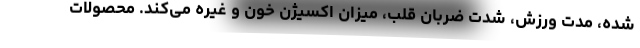
شده، مدت ورزش، شدت ضربان قلب، میزان اکسیژن خون و غیره می‌کند. محصولات